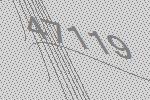
47119